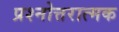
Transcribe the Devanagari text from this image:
प्रश्नोत्तरात्मक